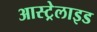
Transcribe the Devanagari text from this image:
आस्ट्रेलाइड